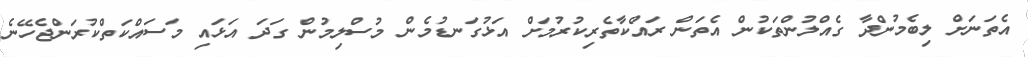
އެތަނަށް ލިބެމުންދާ ގެއްލުންތަކުން އެތަން ރައްކާތެރިކުރުމަށް އަޅުގަނޑުމެން މުސްލިމުން ގަދަ އަޅައި މަސައްކަތްކުރަންޖެހޭނެ